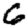
Digit: 6